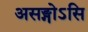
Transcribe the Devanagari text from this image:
असङ्गोऽसि